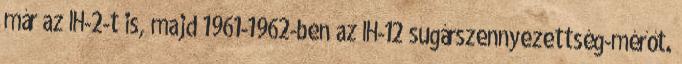
már az IH-2-t is, majd 1961-1962-ben az IH-12 sugárszennyezettség-mérőt.